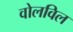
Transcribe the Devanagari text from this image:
वोलविल